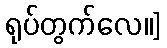
ရုပ်တွက်လေ။]